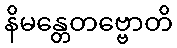
နိမန္တေတဗ္ဗောတိ